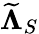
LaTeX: \widetilde{\mathbf{\Lambda}}_{S}